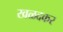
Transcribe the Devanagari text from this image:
खळदकर